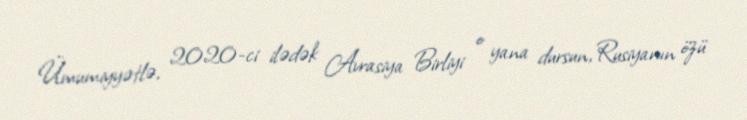
Ümumiyyətlə, 2020-ci ilədək Avrasiya Birliyi o yana dursun, Rusiyanın özü